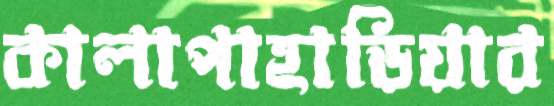
কালাপাহাড়িয়ার